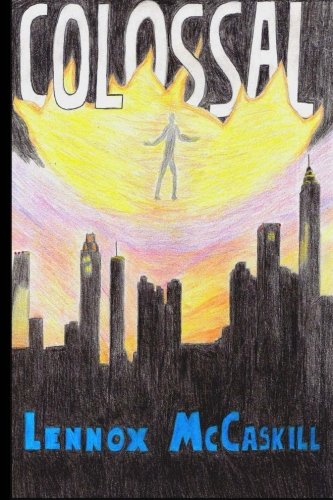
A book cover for Colossal: Issue #1 (The Colossal Series) (Volume 1); Lennox McCaskill; Science Fiction & Fantasy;